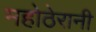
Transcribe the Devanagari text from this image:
महोठेरानी